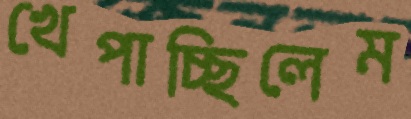
খেপাচ্ছিলেম